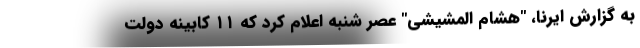
به گزارش ایرنا، "هشام المشیشی" عصر شنبه اعلام کرد که ۱۱ کابینه دولت